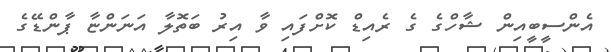
އެންސީބީއިން ޝާހްގެ ގެ ރެއިޑް ކޮށްފައި ވާ އިރު ބަތޮލާ އަނަންޏާ ޕާންޑޭގެ